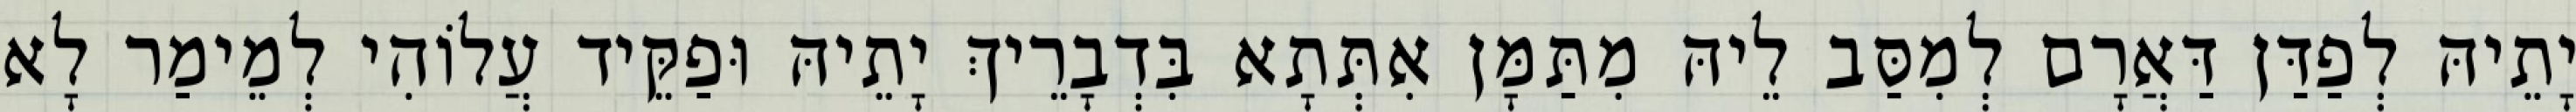
יָתֵיהּ לְפַדַּן דַּאֲרָם לְמִסַּב לֵיהּ מִתַּמָּן אִתְּתָא בִּדְבָרֵיךְ יָתֵיהּ וּפַקֵּיד עֲלוֹהִי לְמֵימַר לָא